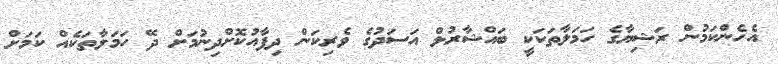
އެހެންކަމުން ރަޝިޔާގެ ހަމަލާތަކަކީ ބައްޝާރުލް އަސަދުގެ ވެރިކަން ދިފާއުކޮށްދިނުމަށް ދޭ ހަމަލާތަކެއް ކަމަށް